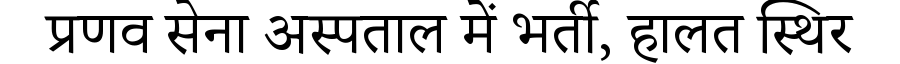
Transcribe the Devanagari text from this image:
प्रणव सेना अस्पताल में भर्ती, हालत स्थिर